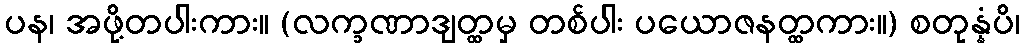
ပန၊ အဖို့တပါးကား။ (လက္ခဏာဒျတ္ထမှ တစ်ပါး ပယောဇနတ္ထကား။) စတုန္နံပိ၊